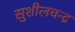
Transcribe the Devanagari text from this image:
सुशीलचन्द्र